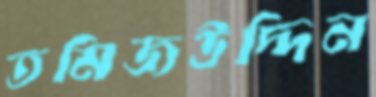
তমিজউদ্দিন